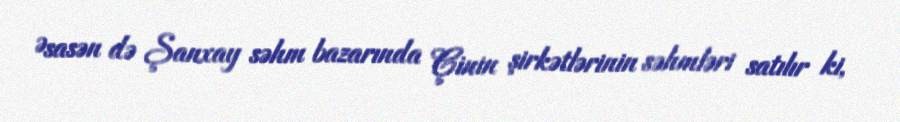
Əsasən də Şanxay səhm bazarında Çinin şirkətlərinin səhmləri satılır ki,